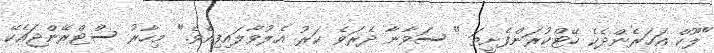
"ލޫކް އަހަރެންދެކެ ހޭޓްކުރަންފެށީތަ " ސަވާނާ ދެރަވެ ކަރު އެލުވާލައިފިއެވެ." މިހާރު ސްޓްރޭންޖައެކޭ